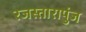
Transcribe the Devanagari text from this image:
रजस्तारापुंज